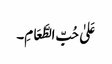
عَلیٰ حُبِّ الطَّعَامِ۔